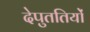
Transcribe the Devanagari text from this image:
देपुततियों